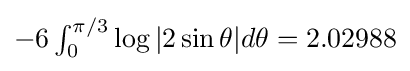
\textstyle -6\int _{0}^{\pi /3}{\log {|2\sin \theta |}d\theta }=2.02988